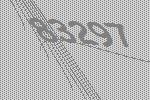
83297